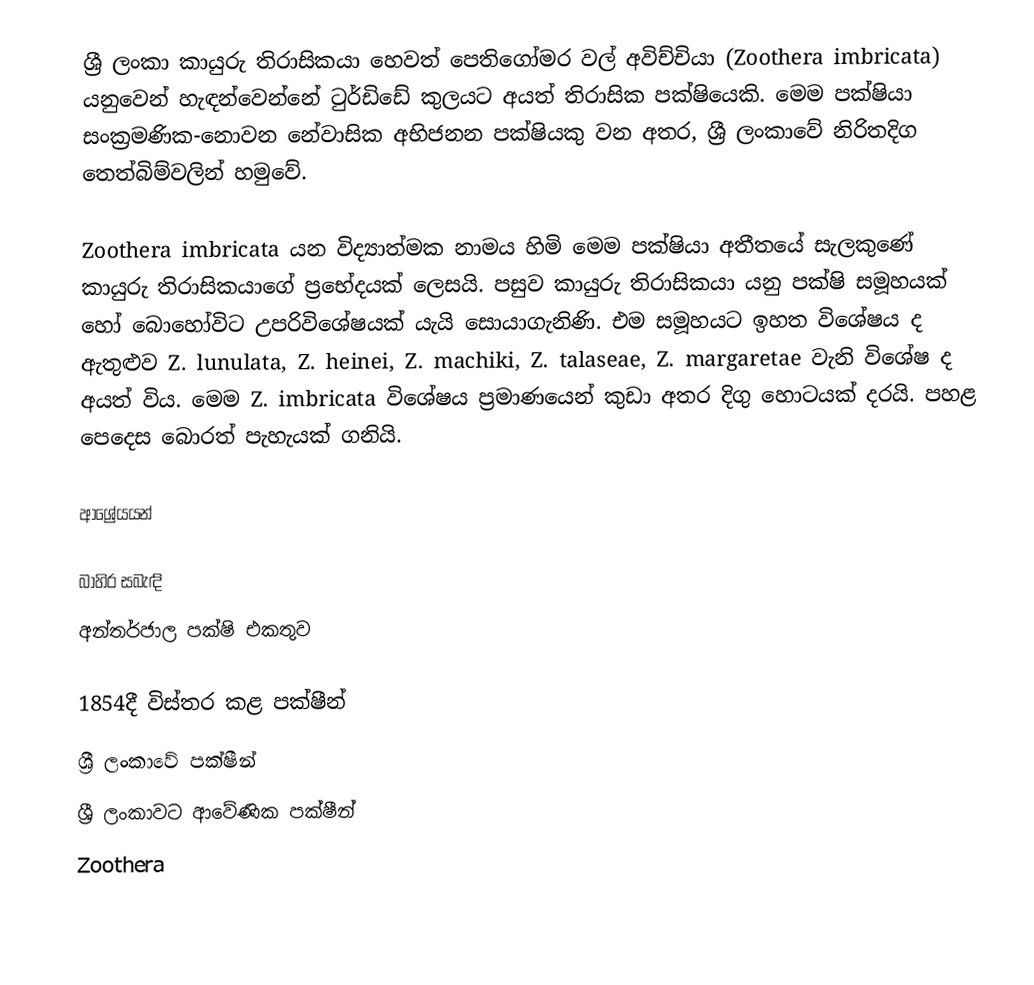
ශ්‍රී ලංකා කායුරු තිරාසිකයා හෙවත් පෙතිගෝමර වල් අවිච්චියා (Zoothera imbricata) යනුවෙන් හැඳන්වෙන්නේ ටුර්ඩිඩේ කුලයට අයත් තිරාසික පක්ෂියෙකි. මෙම පක්ෂියා සංක්‍රමණික-නොවන නේවාසික අභිජනන පක්ෂියකු වන අතර, ශ්‍රී ලංකාවේ නිරිතදිග තෙත්බිම්වලින් හමුවේ.

Zoothera imbricata යන විද්‍යාත්මක නාමය හිමි මෙම පක්ෂියා අතීතයේ සැලකුණේ කායුරු තිරාසිකයාගේ ප්‍රභේදයක් ලෙසයි. පසුව කායුරු තිරාසිකයා යනු පක්ෂි සමූහයක් හෝ බොහෝවිට උපරිවිශේෂයක් යැයි සොයාගැනිණි. එම සමූහයට ඉහත විශේෂය ද ඇතුළුව Z. lunulata, Z. heinei, Z. machiki, Z. talaseae, Z. margaretae වැනි විශේෂ ද අයත් විය. මෙම Z. imbricata විශේෂය ප්‍රමාණයෙන් කුඩා අතර දිගු හොටයක් දරයි. පහළ පෙදෙස බොරත් පැහැයක් ගනියි.

ආශ්‍රේයයන්

බාහිර සබැඳි
අන්තර්ජාල පක්ෂි එකතුව

1854දී විස්තර කළ පක්ෂීන්
ශ්‍රී ලංකාවේ පක්ෂීන්
ශ්‍රී ලංකාවට ආවේණික පක්ෂීන්
Zoothera